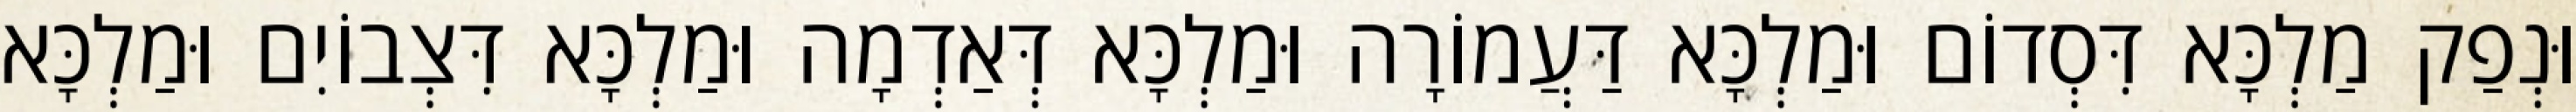
וּנְפַק מַלְכָּא דִּסְדוֹם וּמַלְכָּא דַּעֲמוֹרָה וּמַלְכָּא דְּאַדְמָה וּמַלְכָּא דִּצְבוֹיִם וּמַלְכָּא